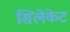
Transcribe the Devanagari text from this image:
सिलेकेट